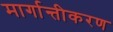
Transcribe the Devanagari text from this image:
मार्गान्तीकरण